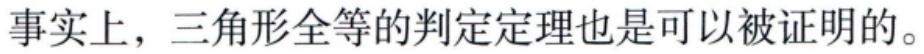
事实上，三角形全等的判定定理也是可以被证明的。